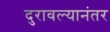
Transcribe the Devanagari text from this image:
दुरावल्यानंतर